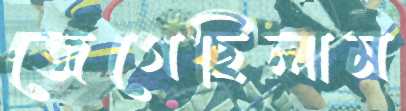
জেগেছিলাম